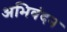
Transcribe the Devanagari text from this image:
अभिवंदन